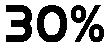
30%